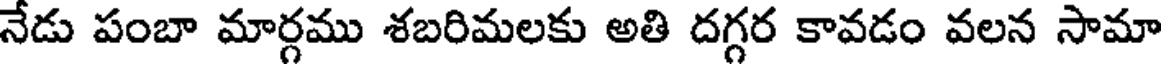
నేడు పంబా మార్గము శబరిమలకు అతి దగ్గర కావడం వలన సామా